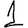
Digit: 1